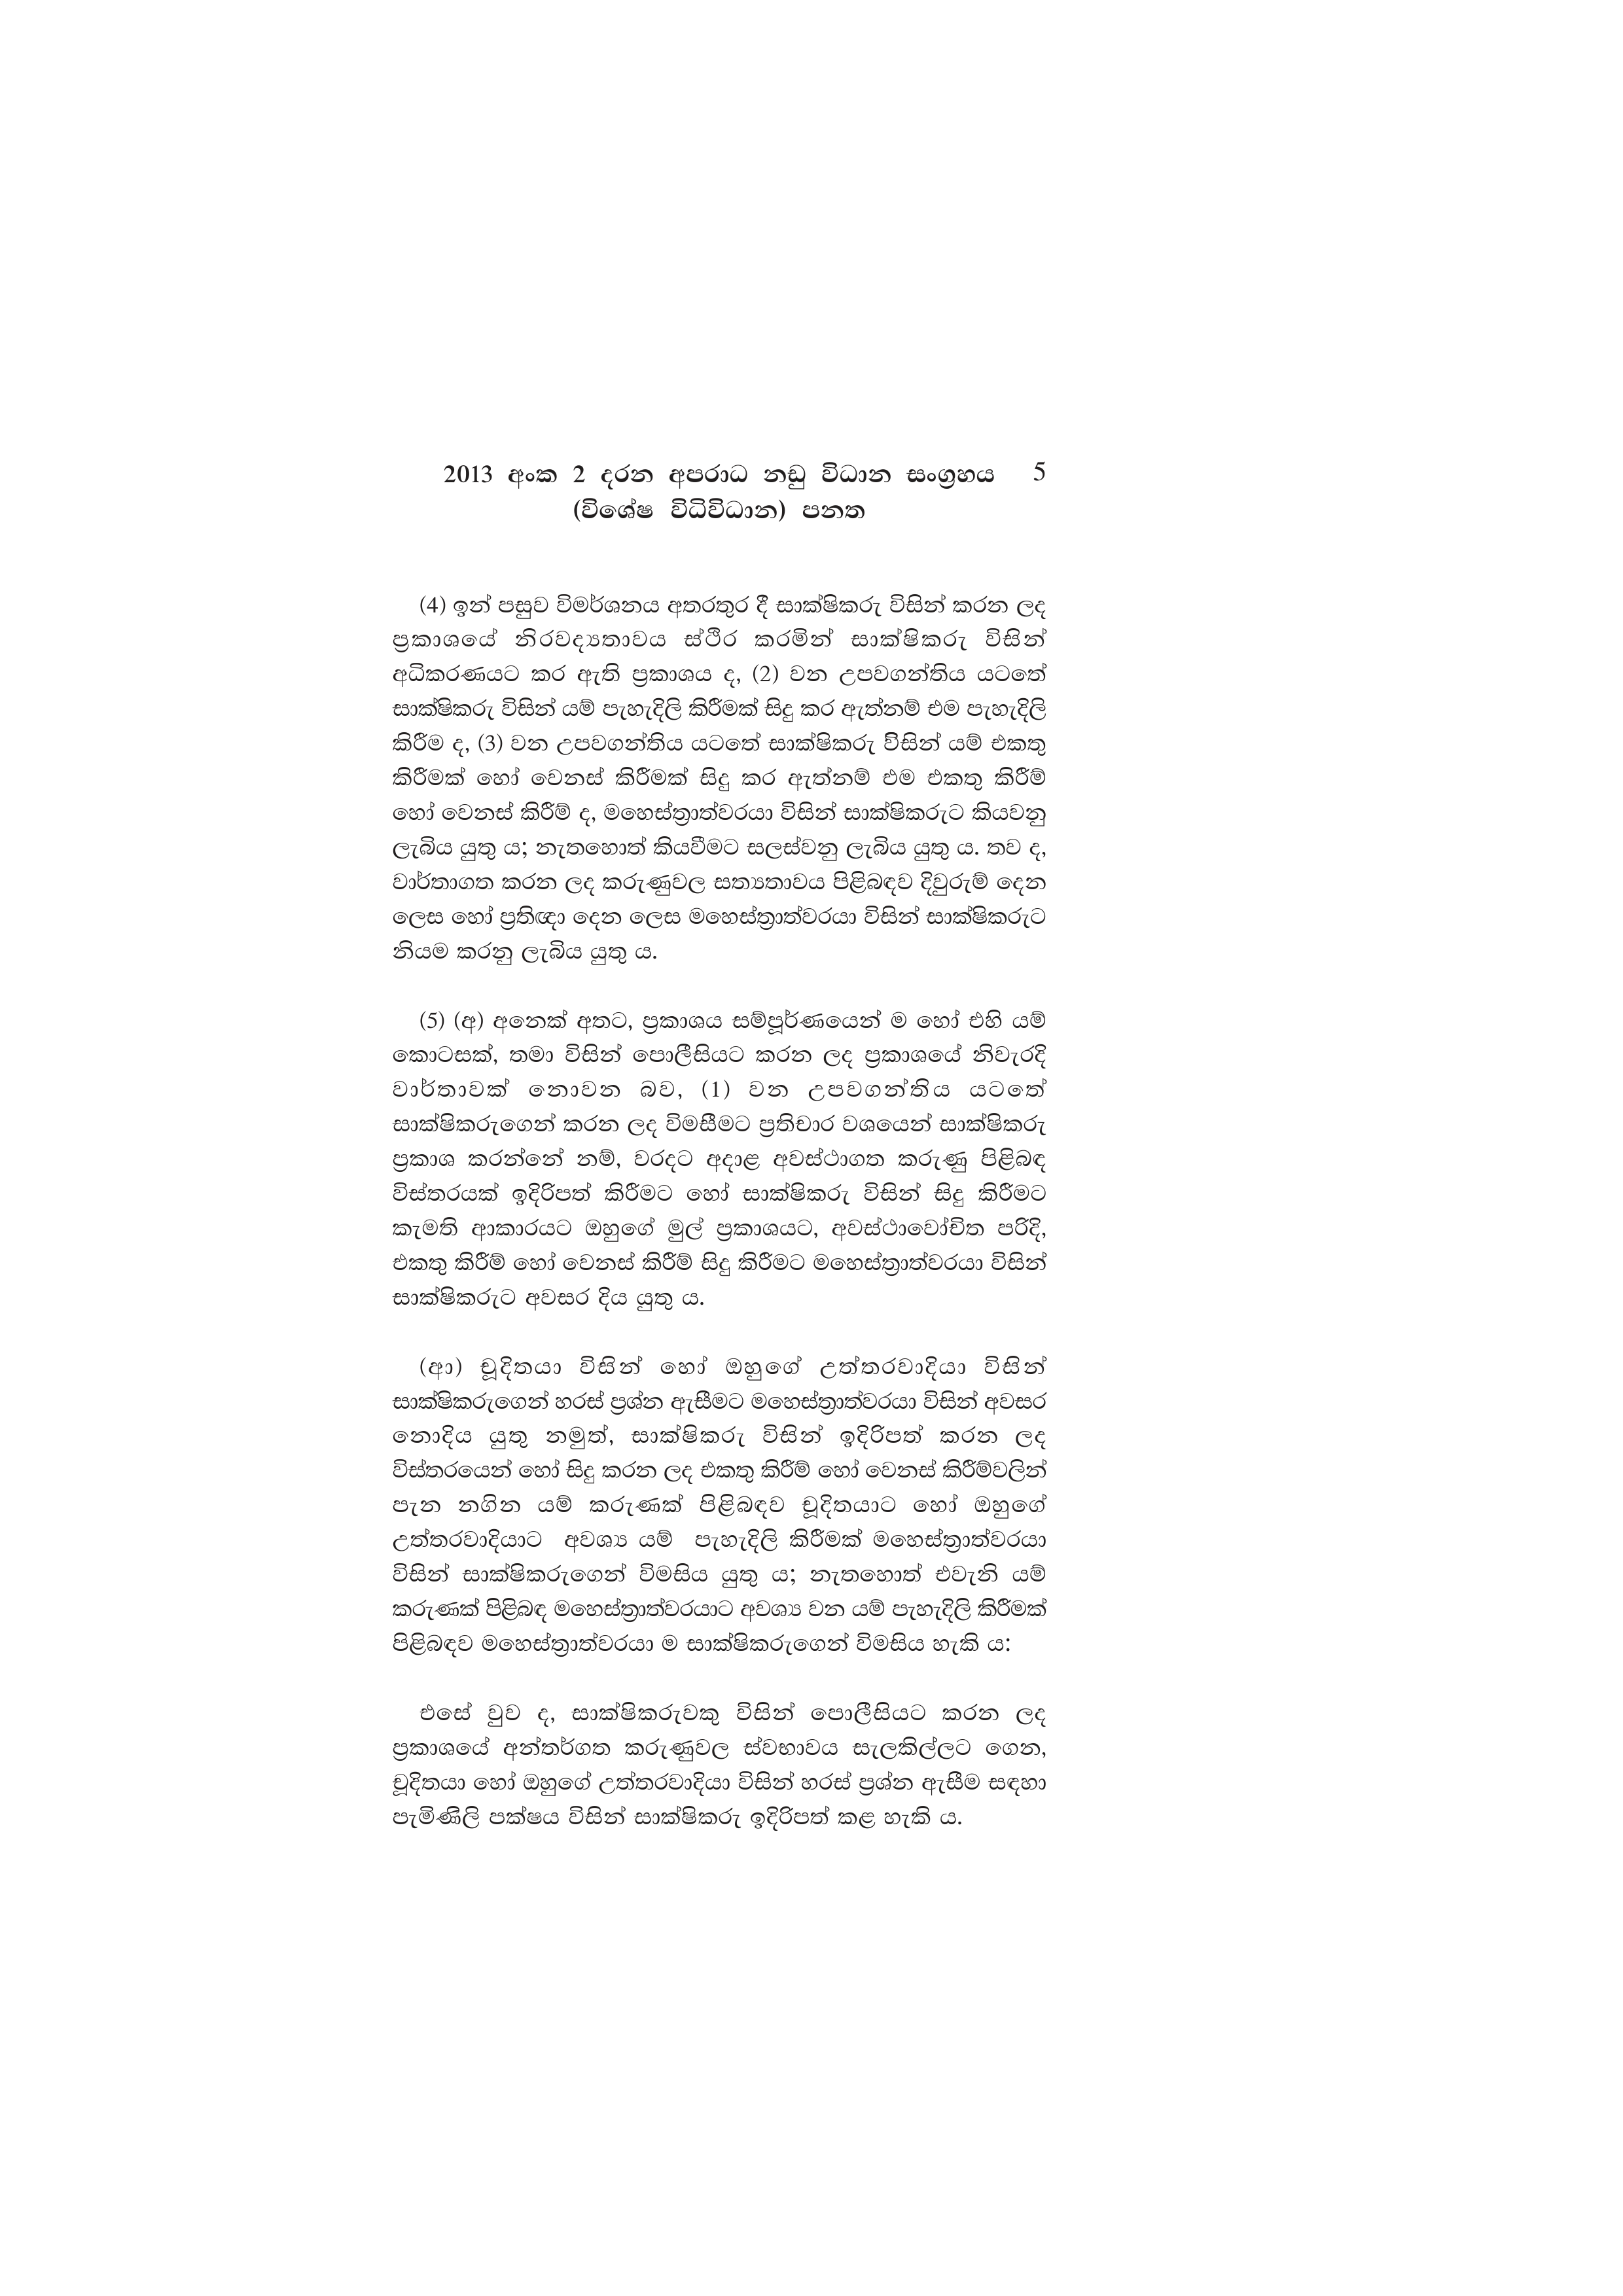
2013 අංක 2 දරන අපරාධ නඩු විධාන සංග්‍රහය 5
(විශේෂ විධිවිධාන) පනත

(4) ඉන් පසුව විමර්ශනය අතරතුර දී සාක්ෂිකරු විසින් කරන ලද
ප්‍රකාශයේ නිරවද්‍යතාවය ස්ථිර කරමින් සාක්ෂිකරු විසින්
අධිකරණයට කර ඇති ප්‍රකාශය ද, (2) වන උපවගන්තිය යටතේ
සාක්ෂිකරු විසින් යම් පැහැදිලි කිරීමක් සිදු කර ඇත්නම් එම පැහැදිලි
කිරීම ද, (3) වන උපවගන්තිය යටතේ සාක්ෂිකරු විසින් යම් එකතු
කිරීමක් හෝ වෙනස් කිරීමක් සිදු කර ඇත්නම් එම එකතු කිරීම්
හෝ වෙනස් කිරීම් ද, මහෙස්ත්‍රාත්වරයා විසින් සාක්ෂිකරුට කියවනු
ලැබිය යුතු ය; නැතහොත් කියවීමට සලස්වනු ලැබිය යුතු ය. තව ද,
වාර්තාගත කරන ලද කරුණුවල සත්‍යතාවය පිළිබඳව දිවුරුම් දෙන
ලෙස හෝ ප්‍රතිඥා දෙන ලෙස මහෙස්ත්‍රාත්වරයා විසින් සාක්ෂිකරුට
නියම කරනු ලැබිය යුතු ය.

(5) (අ) අනෙක් අතට, ප්‍රකාශය සම්පූර්ණයෙන් ම හෝ එහි යම්
කොටසක්, තමා විසින් පොලීසියට කරන ලද ප්‍රකාශයේ නිවැරදි
වාර්තාවක් නොවන බව, (1) වන උපවගන්තිය යටතේ
සාක්ෂිකරුගෙන් කරන ලද විමසීමට ප්‍රතිචාර වශයෙන් සාක්ෂිකරු
ප්‍රකාශ කරන්නේ නම්, වරදට අදාළ අවස්ථාගත කරුණු පිළිබඳ
විස්තරයක් ඉදිරිපත් කිරීමට හෝ සාක්ෂිකරු විසින් සිදු කිරීමට
කැමති ආකාරයට ඔහුගේ මුල් ප්‍රකාශයට, අවස්ථාවෝචිත පරිදි,
එකතු කිරීම් හෝ වෙනස් කිරීම් සිදු කිරීමට මහෙස්ත්‍රාත්වරයා විසින්
සාක්ෂිකරුට අවසර දිය යුතු ය.

(ආ) චූදිතයා විසින් හෝ ඔහුගේ උත්තරවාදියා විසින්
සාක්ෂිකරුගෙන් හරස් ප්‍රශ්න ඇසීමට මහෙස්ත්‍රාත්වරයා විසින් අවසර
නොදිය යුතු නමුත්, සාක්ෂිකරු විසින් ඉදිරිපත් කරන ලද
විස්තරයෙන් හෝ සිදු කරන ලද එකතු කිරීම් හෝ වෙනස් කිරීම්වලින්
පැන නගින යම් කරුණක් පිළිබඳව චූදිතයාට හෝ ඔහුගේ
උත්තරවාදියාට අවශ්‍ය යම් පැහැදිලි කිරීමක් මහෙස්ත්‍රාත්වරයා
විසින් සාක්ෂිකරුගෙන් විමසිය යුතු ය; නැතහොත් එවැනි යම්
කරුණක් පිළිබඳ මහෙස්ත්‍රාත්වරයාට අවශ්‍ය වන යම් පැහැදිලි කිරීමක්
පිළිබඳව මහෙස්ත්‍රාත්වරයා ම සාක්ෂිකරුගෙන් විමසිය හැකි ය:

එසේ වුව ද, සාක්ෂිකරුවකු විසින් පොලීසියට කරන ලද
ප්‍රකාශයේ අන්තර්ගත කරුණුවල ස්වභාවය සැලකිල්ලට ගෙන,
චූදිතයා හෝ ඔහුගේ උත්තරවාදියා විසින් හරස් ප්‍රශ්න ඇසීම සඳහා
පැමිණිලි පක්ෂය විසින් සාක්ෂිකරු ඉදිරිපත් කළ හැකි ය.